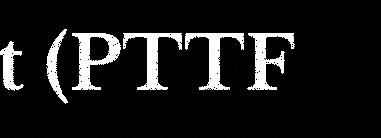
t (PTTF